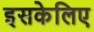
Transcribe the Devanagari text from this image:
इसकेलिए